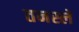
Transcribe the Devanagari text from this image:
तनस्ले